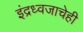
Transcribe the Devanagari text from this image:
इंद्रध्वजाचेही